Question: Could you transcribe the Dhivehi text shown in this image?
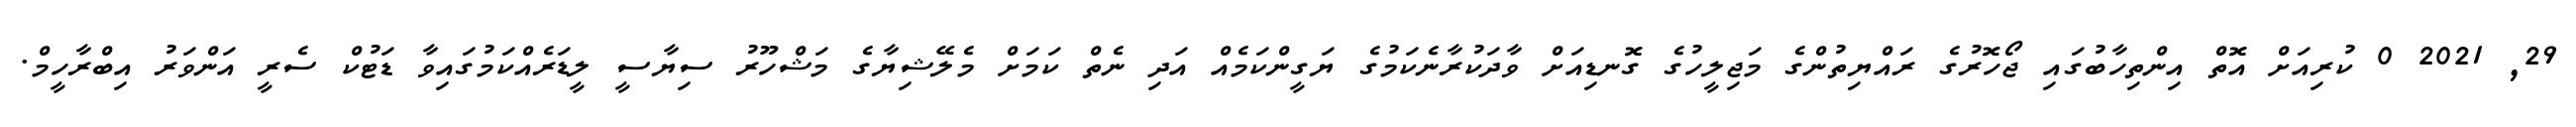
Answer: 29, 2021 0 ކުރިއަށް އޮތް އިންތިހާބުގައި ޖޯހޮރުގެ ރައްޔިތުންގެ މަޖިލީހުގެ ގޮނޑިއަށް ވާދަކުރާނެކަމުގެ ޔަގީންކަމެއް އަދި ނެތް ކަމަށް މެލޭޝިޔާގެ މަޝްހޫރު ސިޔާސީ ލީޑަރެއްކަމުގައިވާ ޑަޓުކް ސެރީ އަންވަރު އިބްރާހީމް.